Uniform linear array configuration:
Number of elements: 12
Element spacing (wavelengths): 0.25
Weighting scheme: hann
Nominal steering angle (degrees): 30
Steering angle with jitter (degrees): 29.129
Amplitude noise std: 0.05
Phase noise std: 0.05

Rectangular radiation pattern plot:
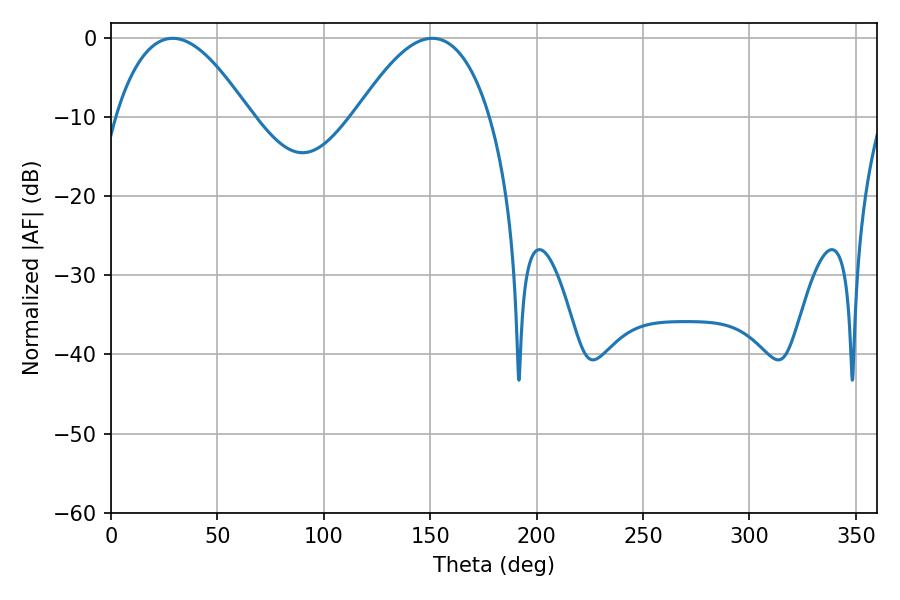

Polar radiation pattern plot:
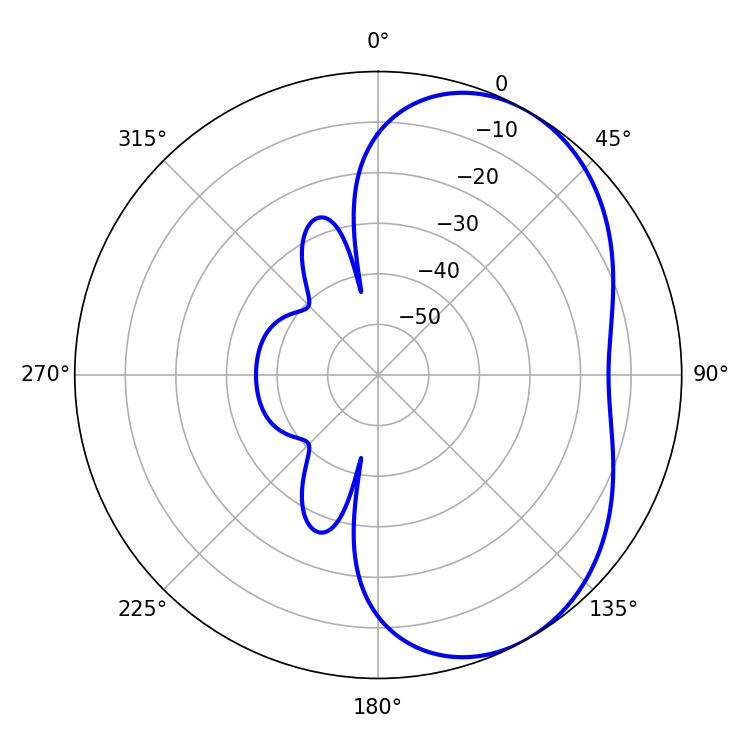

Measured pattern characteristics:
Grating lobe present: FALSE
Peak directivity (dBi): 4.609
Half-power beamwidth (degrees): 34.38
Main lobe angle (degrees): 28.98